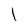
Character: l